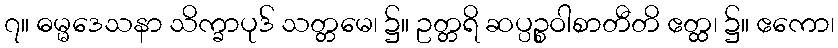
၇။ ဓမ္မဒေသနာ သိက္ခာပုဒ် သတ္တမေ၊ ၌။ ဥတ္တရိ ဆပ္ပဉ္စဝါစာတီတိ ဧတ္ထ၊ ၌။ ဧကော၊